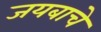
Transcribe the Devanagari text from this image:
जयबाचे